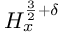
H _ { x } ^ { \frac { 3 } { 2 } + \delta }